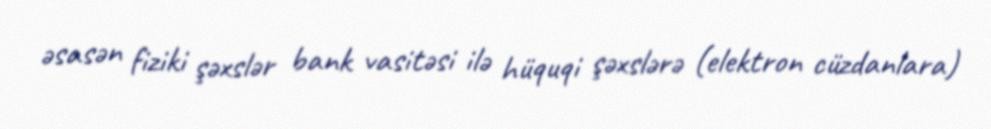
əsasən fiziki şəxslər bank vasitəsi ilə hüquqi şəxslərə (elektron cüzdanlara)